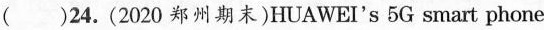
( )24.(2020 郑州期末)HUAWEI's 5G smart phone